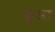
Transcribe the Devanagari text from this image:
ङुआ